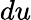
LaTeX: du